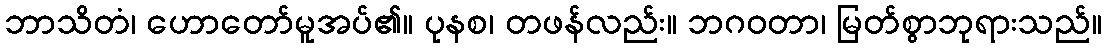
ဘာသိတံ၊ ဟောတော်မူအပ်၏။ ပုနစ၊ တဖန်လည်း။ ဘဂဝတာ၊ မြတ်စွာဘုရားသည်။